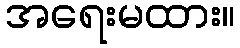
အရေးမထား။